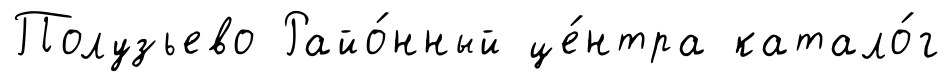
Полузьево Райо́нный це́нтра катало́г